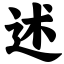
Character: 述